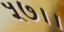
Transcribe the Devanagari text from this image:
५७।।